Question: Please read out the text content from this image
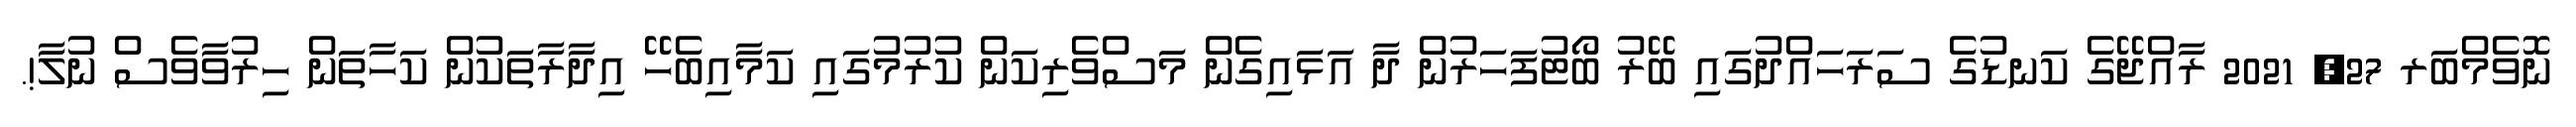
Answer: ނޮވެމްބަރ 27, 2021 ރާއްޖޭގެ ކަނޑުގެ ސަރަހައްދުގައި ބޭރު ބޯޓުފަހަރުން ދާ އަޅައިގެން މަސްވެރިކަން ކުރުމުގައި ކަމާއިބެހޭ އިދާރާތަކުން ކަހާތަން ހިރުވާވެސް ނުލާ!.